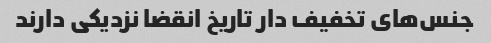
جنس‌های تخفیف دار تاریخ انقضا نزدیکی دارند